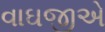
વાઘજીએ